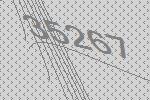
35267